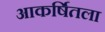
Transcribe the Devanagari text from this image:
आकर्षितला